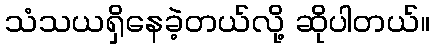
သံသယရှိနေခဲ့တယ်လို့ ဆိုပါတယ်။